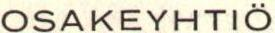
OSAKEYHTIÖ